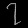
Digit: ၇